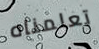
تعلمناه